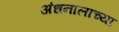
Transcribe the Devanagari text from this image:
अंधनालाच्या